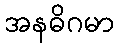
အနဓိဂမာ